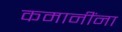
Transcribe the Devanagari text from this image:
कमानींना